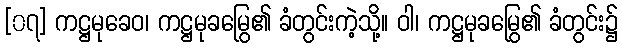
[၀၇] ကဋ္ဌမုခေဝ၊ ကဋ္ဌမုခမြွေ၏ ခံတွင်းကဲ့သို့။ ဝါ၊ ကဋ္ဌမုခမြွေ၏ ခံတွင်း၌